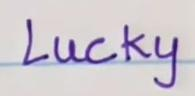
Lucky